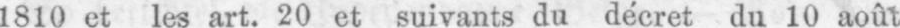
1810 et les art. 20 et suivants du décret du 10 août